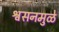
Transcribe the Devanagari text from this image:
श्वसनमुळे